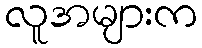
လူအများက